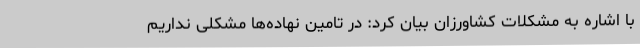
با اشاره به مشکلات کشاورزان بیان کرد: در تامین نهاده‌ها مشکلی نداریم